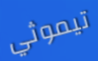
تيموثي